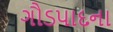
ગૌડપાદના